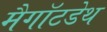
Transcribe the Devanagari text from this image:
मैगॉटडेथ